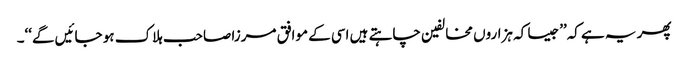
پھر یہ ہے کہ’’جیسا کہ ہزاروں مخالفین چاہتے ہیں اسی کے موافق مرزا صاحب ہلاک ہو جائیں گے‘‘۔